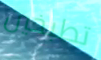
تطبخين